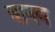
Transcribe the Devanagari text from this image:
चानण